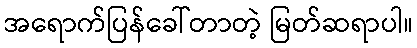
အရောက်ပြန်ခေါ်တာတဲ့ မြတ်ဆရာပါ။